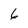
Character: 6